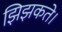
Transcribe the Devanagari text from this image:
झिझकते।